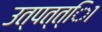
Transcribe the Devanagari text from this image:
उत्पत्त्िा